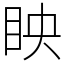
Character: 眏